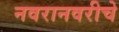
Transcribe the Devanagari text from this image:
नवरानवरीचे